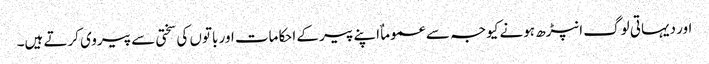
اور دیہاتی لوگ انپڑھ ہونے کیوجہ سے عموماٌ اپنے پیر کے احکامات اور باتوں کی سختی سے پیروی کرتے ہیں۔